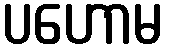
ပဟောမ